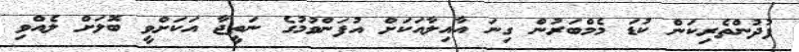
ފުދުންތެރިކަން ކުޑަ މެމްބަރުން ގިނަ އާއިލާއަކަށް އުފަންވުމުގެ ނަތީޖާ އަކަށްވީ ބޮލަށް ލެއްވި